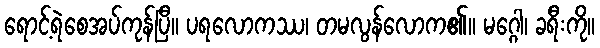
ရောင့်ရဲစေအပ်ကုန်ပြီ။ ပရလောကဿ၊ တမလွန်လောက၏။ မဂ္ဂေါ၊ ခရီးကို။